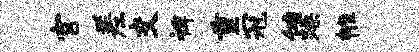
宫差交裨重冠侑躁帷